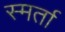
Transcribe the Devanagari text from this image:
स्मर्ता